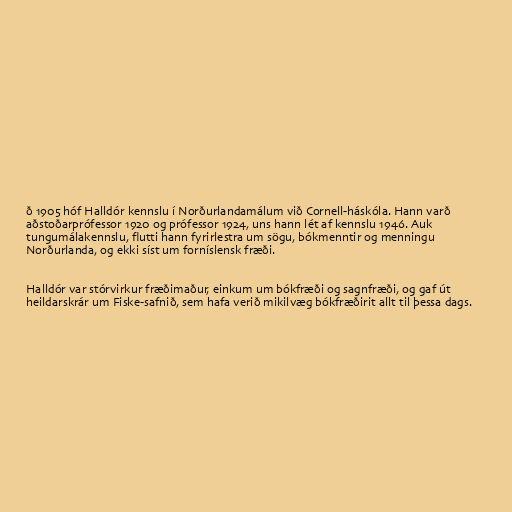
ð 1905 hóf Halldór kennslu í Norðurlandamálum við Cornell-háskóla. Hann varð
aðstoðarprófessor 1920 og prófessor 1924, uns hann lét af kennslu 1946. Auk
tungumálakennslu, flutti hann fyrirlestra um sögu, bókmenntir og menningu
Norðurlanda, og ekki síst um forníslensk fræði.

Halldór var stórvirkur fræðimaður, einkum um bókfræði og sagnfræði, og gaf út
heildarskrár um Fiske-safnið, sem hafa verið mikilvæg bókfræðirit allt til þessa dags.